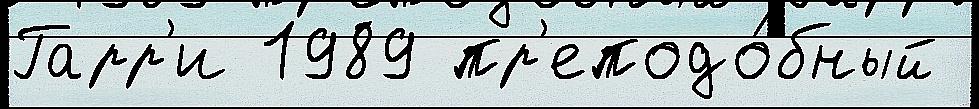
Гарр'и 1989 пр'еподо́бный